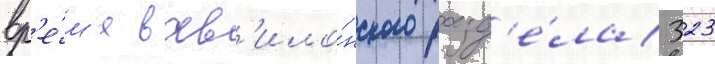
вр'е́м'я вав'ило́нского разд'е́ла 323